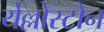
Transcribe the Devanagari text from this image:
येल्लोस्टोन